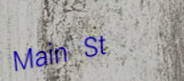
Main St